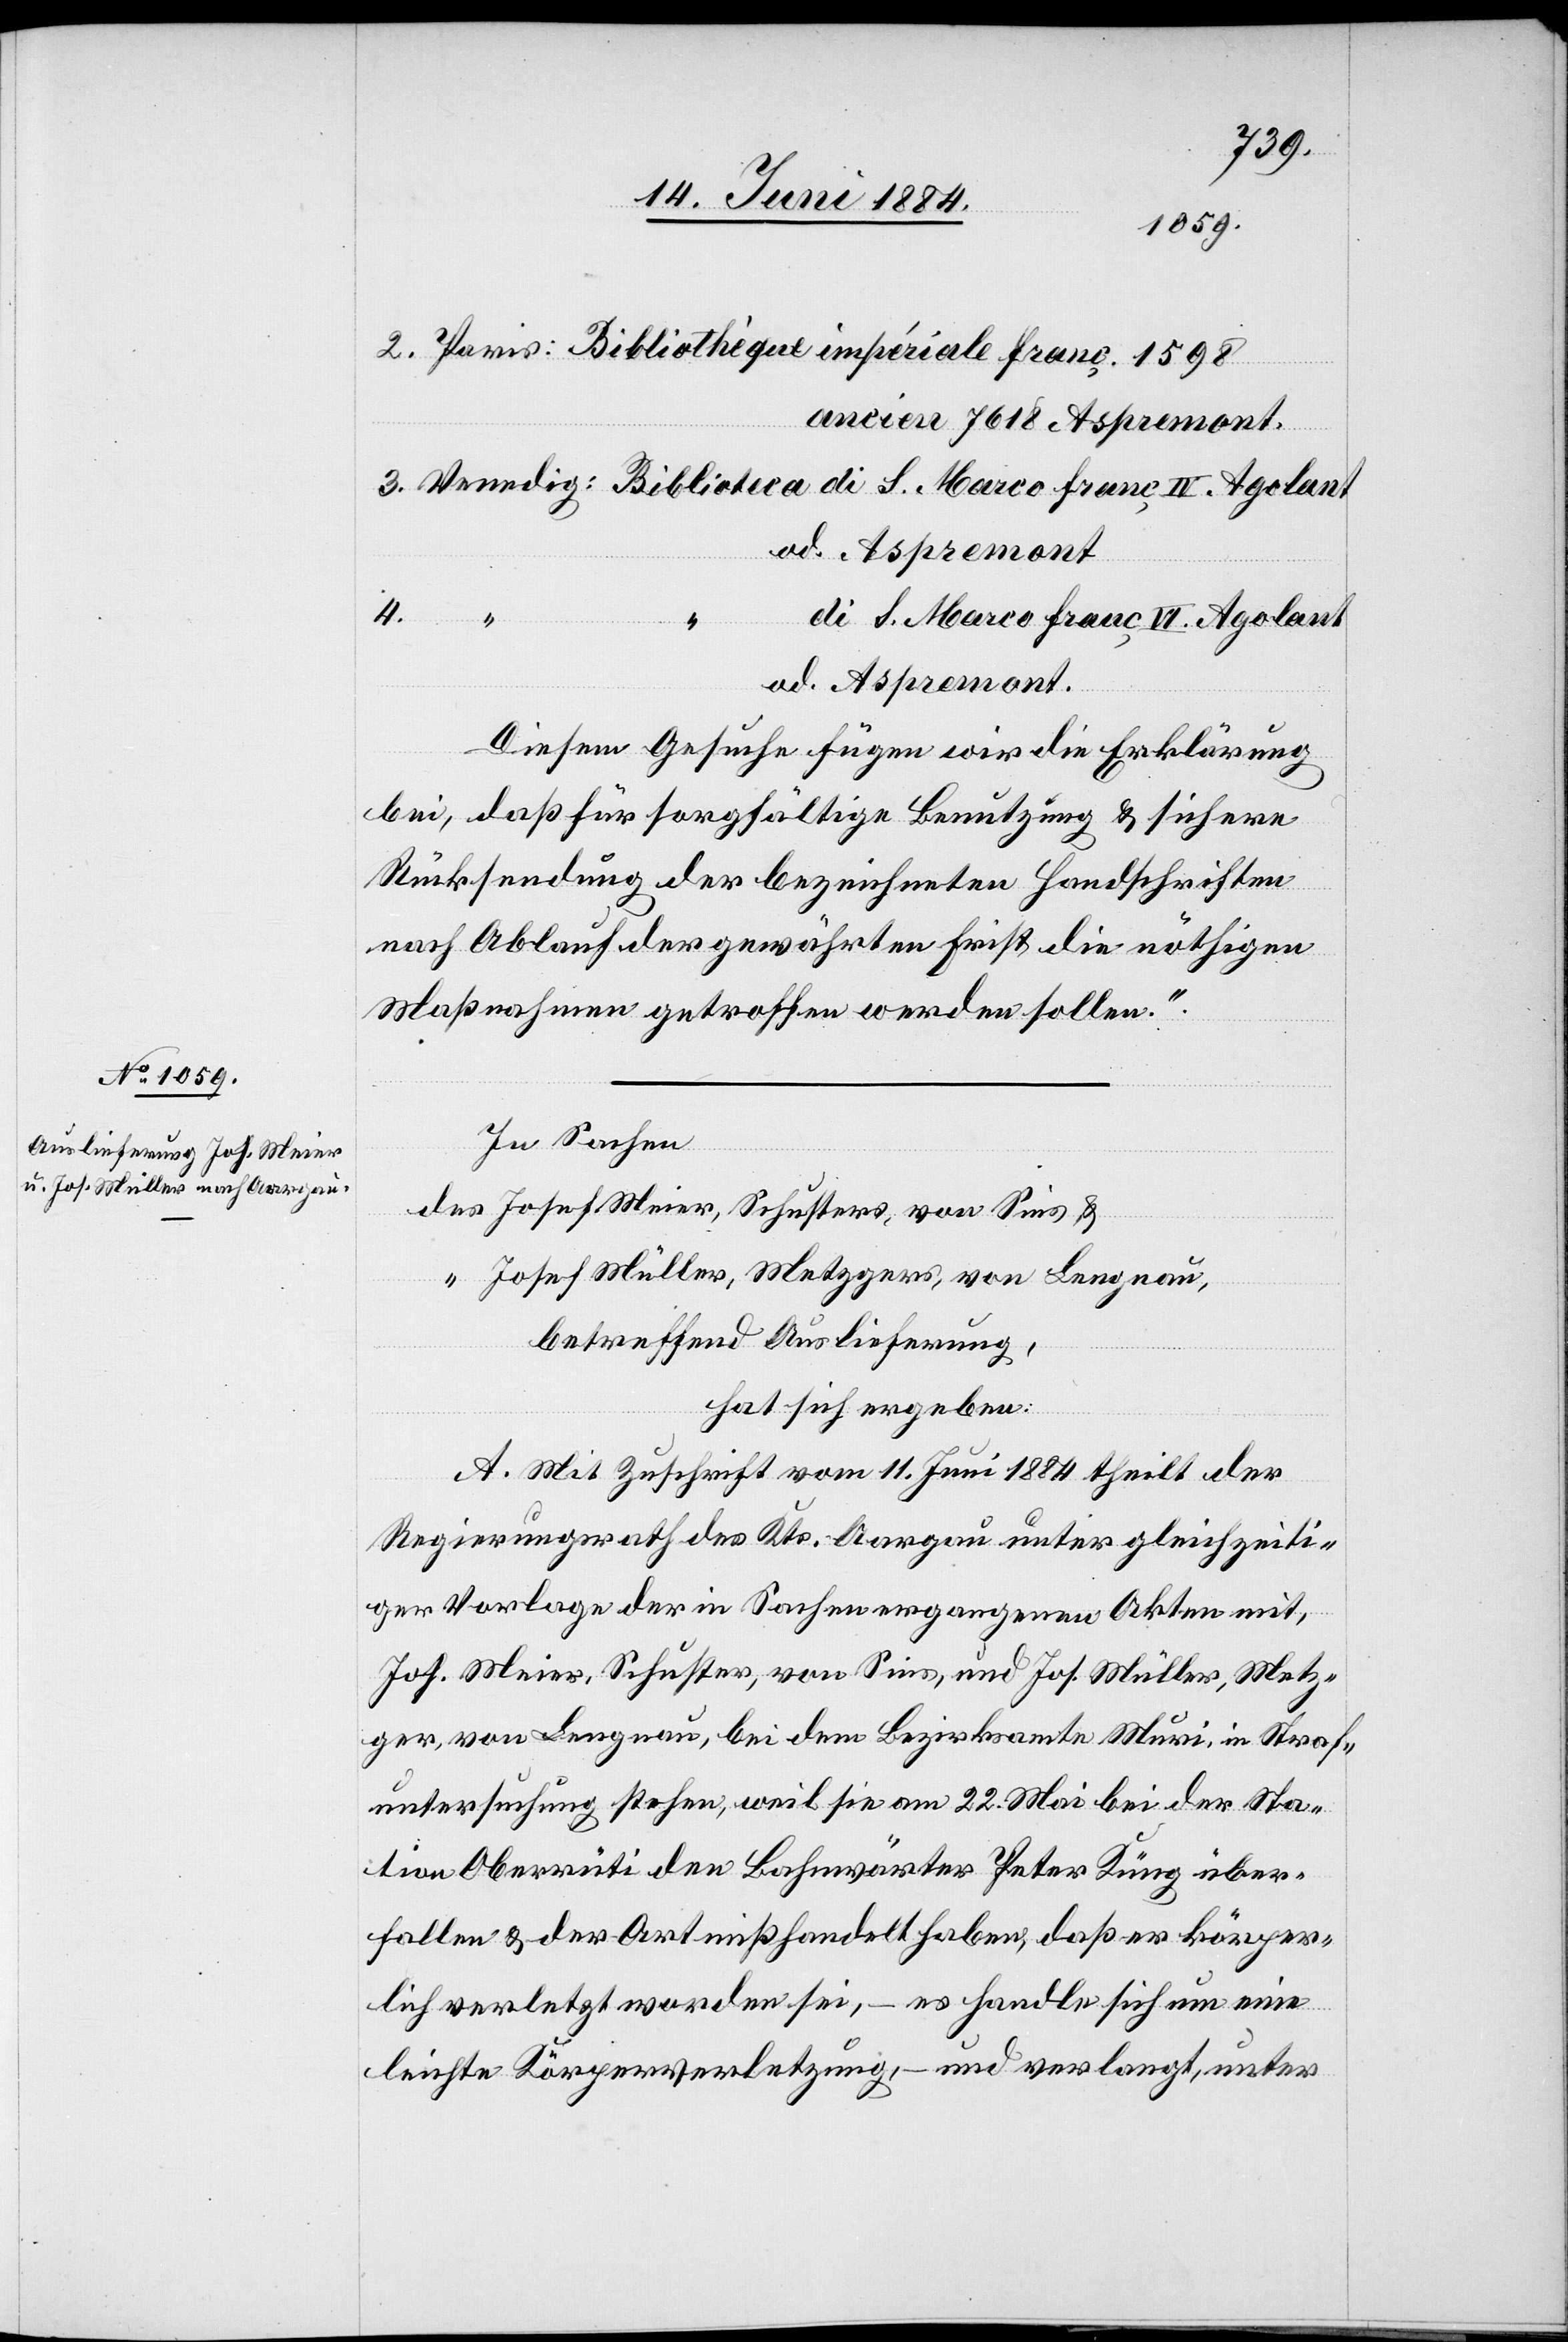
ancien 7618 Aspremont.
“
Sins
di S. Marco franç VI. Agolant
4.
od. Aspremont.
Diesem Gesuche fügen wir die Erklärung
bei, daß für sorgfältige Benutzung & sichere
Rücksendung der bezeichneten Handschriften
nach Ablauf der gewährten Frist die nöthigen
Maßnahmen getroffen werden sollen.“
In Sachen
Josef Müller, Metzgers, von Lengnau,
betreffend Auslieferung,
hat sich ergeben:
A. Mit Zuschrift vom 11. Juni 1884 theilt der
Regierungsrath des Kts. Aargau unter gleichzeiti¬
ger Vorlage der in Sachen ergangenen Akten mit,
Jos. Meier, Schuster, von Sins, und Jos. Müller, Metz¬
ger, von Lengnau, bei dem Bezirksamte Muri, in Straf¬
untersuchung stehen, weil sie am 22. Mai bei der Sta¬
tion Oberrüti den Bahnwärter Peter Küng über¬
fallen & der Art mißhandelt haben, daß er körper¬
lich verletzt worden sei, – es handle sich um eine
leichte Körperverletzung, – und verlangt, unter